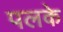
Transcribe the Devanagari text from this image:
पलके